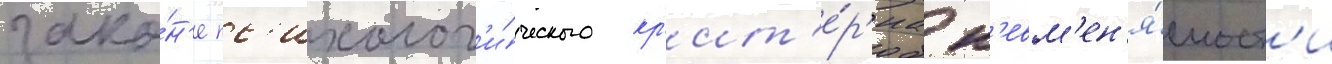
зако́н'е пс'ихолог'и́ческого кр'ит'е́р'иа н'евм'ен'я́емост'и